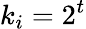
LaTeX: k_{i}=2^{t}